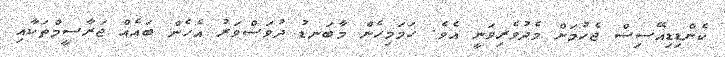
ކެންޑިޑިއޭސިސް ޖެހުމަށް މެދުވެރިވަނީ އެވެ. ހަމަމިހެން މާބަނޑު ދުވަސްވަރު އެހެން ބައެއް ޖަރާސީމްތަކާއި